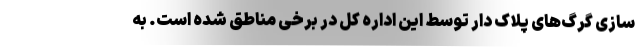
سازی گرگ‌های پلاک دار توسط این اداره کل در برخی مناطق شده است. به